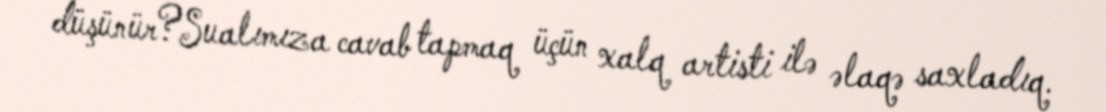
düşünür?Sualımıza cavab tapmaq üçün xalq artisti ilə əlaqə saxladıq.